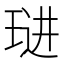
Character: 琎